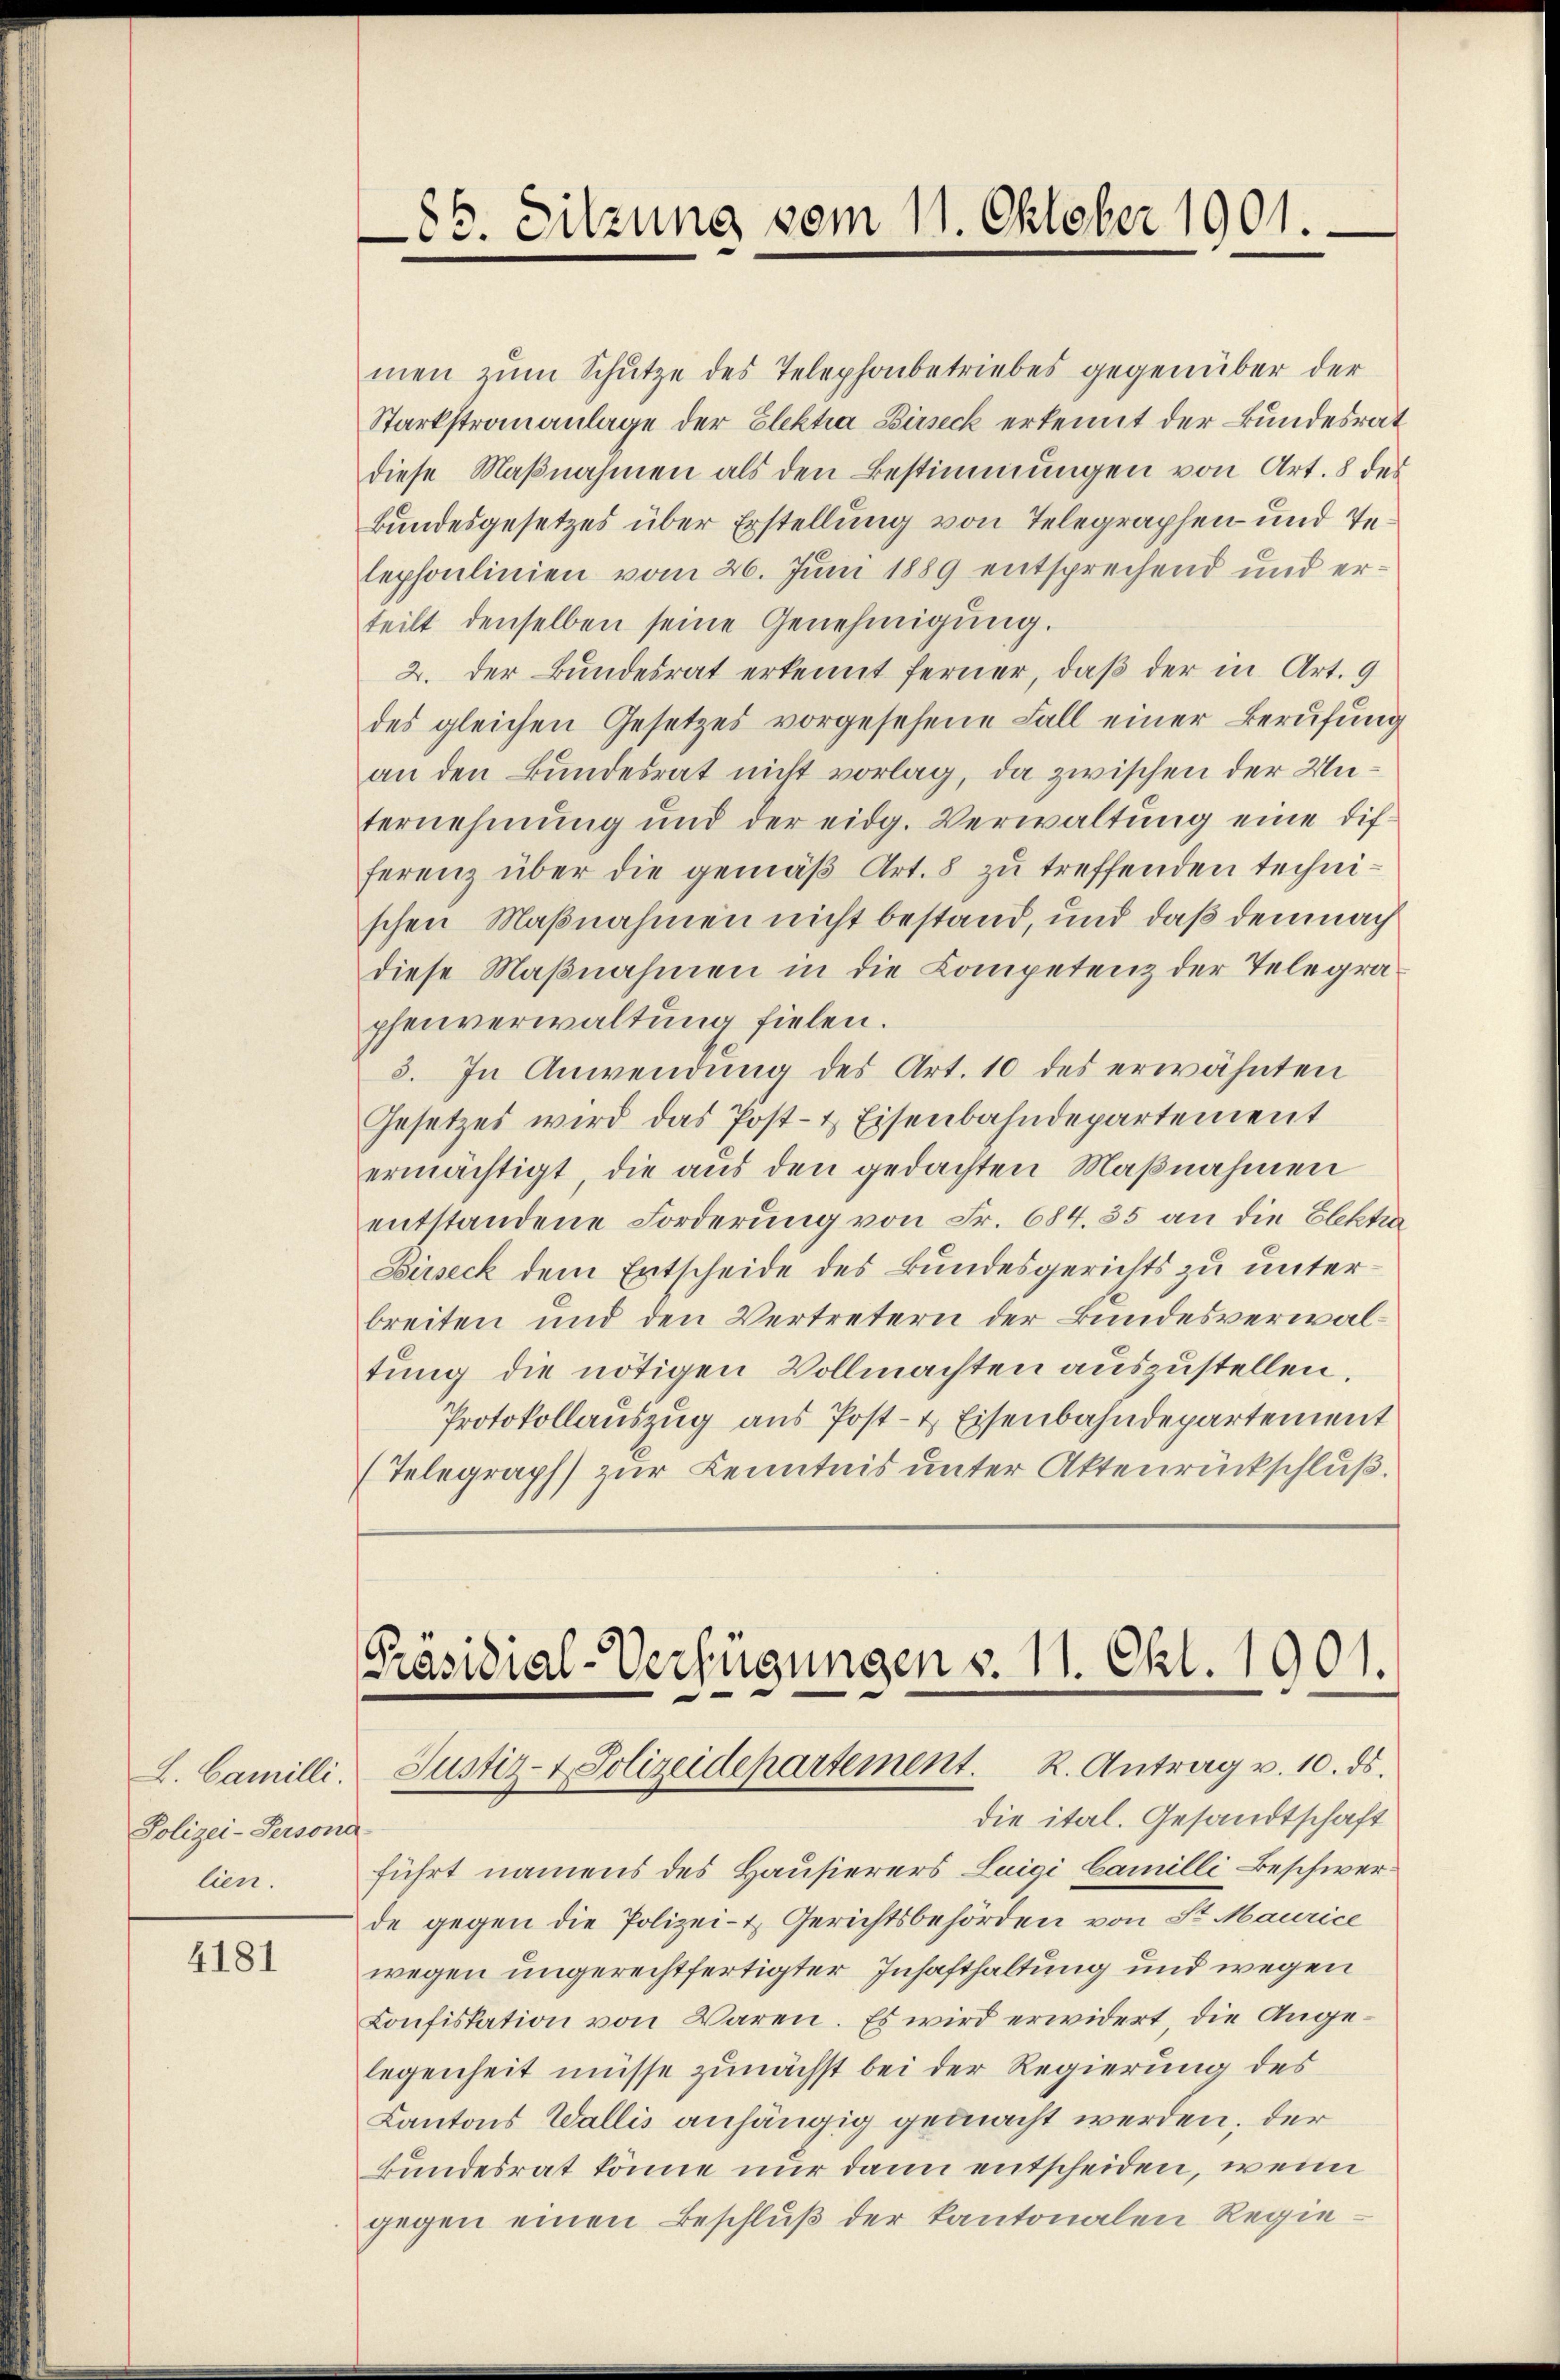
Polizei-Persona
lien.

4181

86. Sitzung vom 11. Oktober 1901.

men zum Schutze des Telephonbetriebes gegenüber der
Starkstrauanlage der Elektia Birseck erkennt der Bundesrat
diese Maßnahmen als den Bestimmungen von Art. 8 des
Bundesgesetzes über Erstellung von Telegraphen und Telephonlinien vom 26. Juni 1889 entsprechend und erteilt denselben seine Genehmigung.
2. der Bundesrat erkennt ferner, daβ der in Art. 9
des gleichen Gesetzes vorgesehene Fall einer Berufung
an den Bundesrat nicht vorlag, da zwischen der Unternehmung und der eidg. Verwaltŭng eine dif-
ferenz über die gemäß Art. 8 zu treffenden technischen Maßnahmen nicht bestand, und daß demnach
diese Maßnahmen in die Competenz der Telegraphenverwaltung fielen.
3. In Anwendung des Art. 10 des erwähnten
Gesetzes wird das Post- & Eisenbahndepartement
ermächtigt, die aus den gedachten Maßnahmen
entstandene Forderung von Fr. 684. 35 an die Elektra
Büseck dem Entscheide des Bundesgerichts zu unterbreiten und den Vertretern der Bundesverwaltung die nötigen Vollmachten auszustellen.
Protokollauszug aus Post- & Eisenbahndepartement
(Telegraph zur Kenntnis unter Aktenrückschluß.

Präsidial-Verfügungen v. 11. Okt. 1901.
L. Camilli. Justiz- & Polizeidepartement. R. Antrag v. 10. ds.

die ital. Gesandtschaft
führt namens des Hausierers Luigi Camilli Beschwerde gegen die Polizei- & Gerichtsbehörden von St. Maurice
wegen ungerechtfertigter Insasthaltung und wegen
Konfiskation von Waren. Es wird erwidert, die Angelegenheit müsse zunächst bei der Regierung des
Cantons Wallis anhängig gemacht werden, der
kundesrat könne nur dann entscheiden, wenn
gegen einen Beschluß der Kantonalen Regie¬